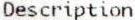
DESCRIPTION